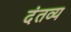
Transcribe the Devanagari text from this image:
दंतव्य